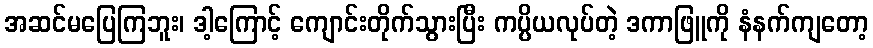
အဆင်မပြေကြဘူး၊ ဒါ့ကြောင့် ကျောင်းတိုက်သွားပြီး ကပ္ပိယလုပ်တဲ့ ဒကာဖြူကို နံနက်ကျတော့